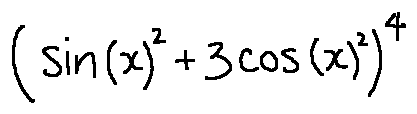
( \sin ( x ) ^ { 2 } + 3 \cos ( x ) ^ { 2 } ) ^ { 4 }